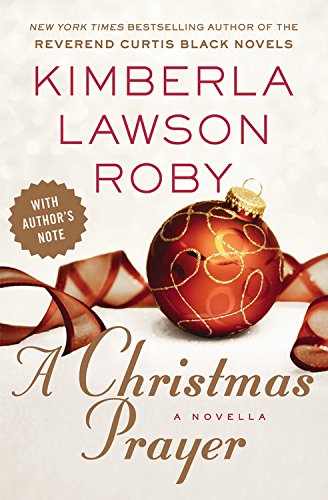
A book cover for A Christmas Prayer; Kimberla Lawson Roby; Romance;